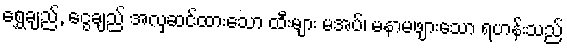
ရွှေချည်, ငွေချည် အလှဆင်ထားသော ထီးများ မအပ်၊ မနာမဖျားသော ရဟန်းသည်